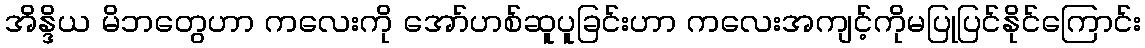
အိန္ဒိယ မိဘတွေဟာ ကလေးကို အော်ဟစ်ဆူပူခြင်းဟာ ကလေးအကျင့်ကိုမပြုပြင်နိုင်ကြောင်း